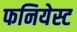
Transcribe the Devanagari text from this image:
फनियेस्ट